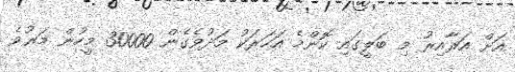
އަށް އަރާއިރު މި ބަލީގައި ކޮންމެ އަހަރަކު މަދުވެގެން 30000 މީހުން މަރުވެ